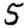
Digit: 5